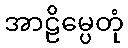
အာဠိမ္ပေတုံ